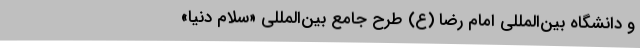
و دانشگاه بین‌المللی امام رضا (ع) طرح جامع بین‌المللی «سلام دنیا»